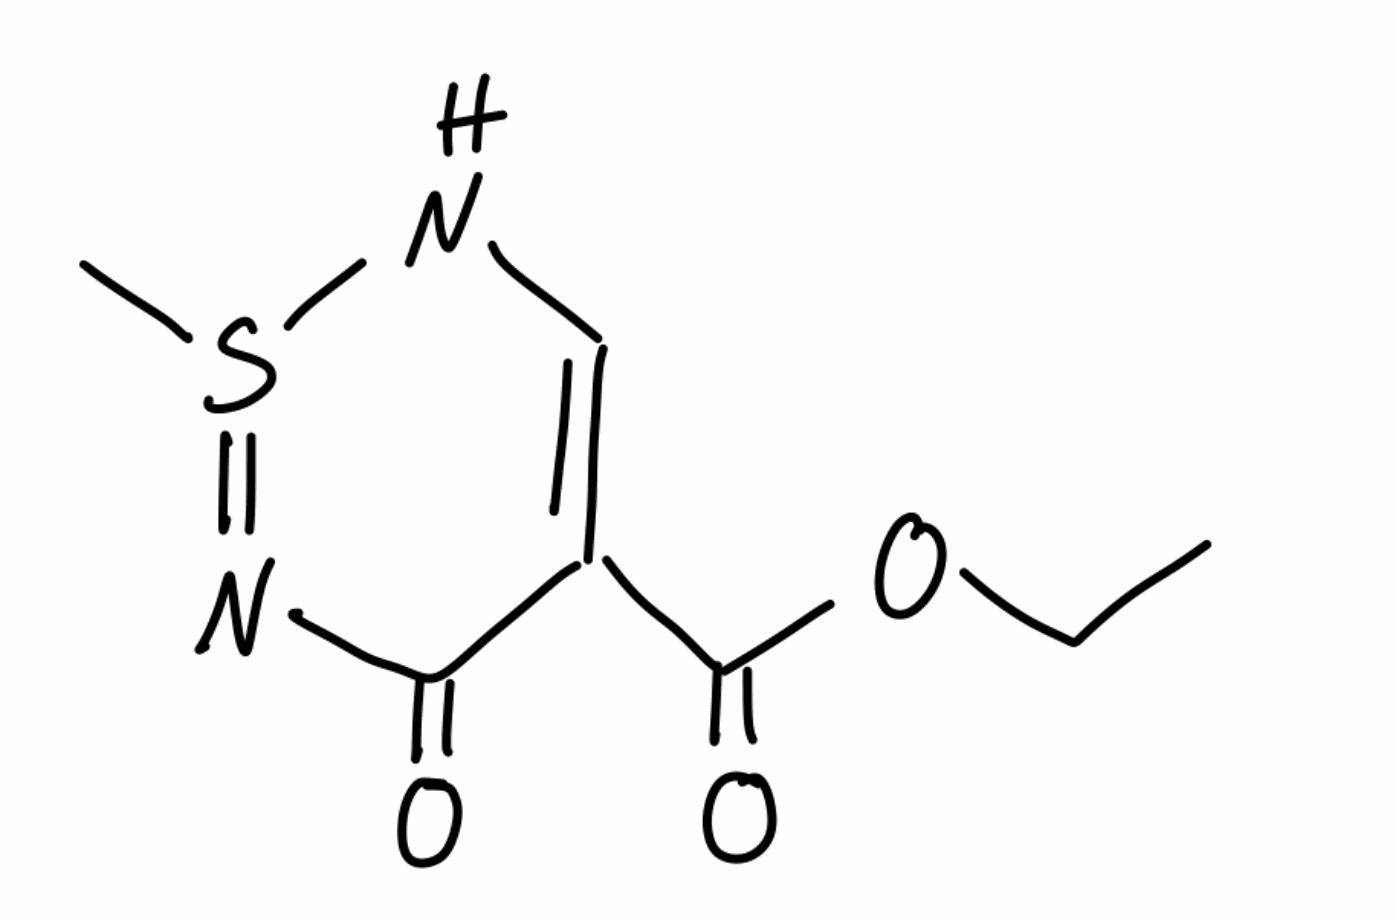
Simplified molecular-input line-entry system (SMILES) notation of the given molecule:
CCOC(=O)C1=CNS(=NC1=O)C